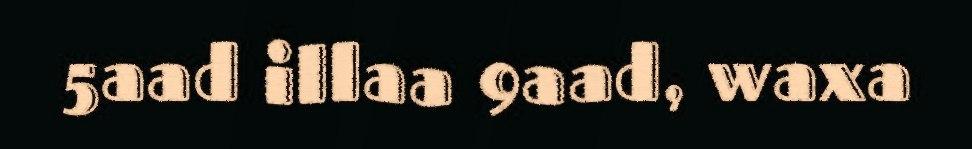
5aad illaa 9aad, waxa